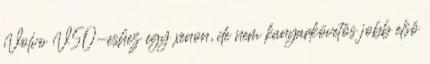
Volvo V50-eshez egy xenon, de nem kanyarkövetős jobb első